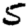
Digit: 5